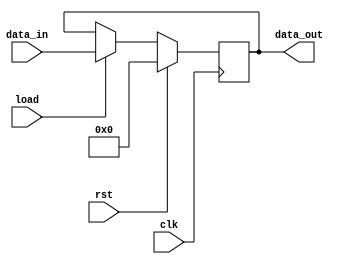
module register #(parameter WIDTH=8)
   (input wire [WIDTH-1:0] data_in,
    input wire 		   load,clk,rst,
    output reg [WIDTH-1:0] data_out);

   always @(posedge clk)
     begin
	if (rst == 1)
	  data_out <= {WIDTH{1'b0}};
	else
	  data_out <= load ? data_in : data_out;
     end

endmodule // register